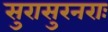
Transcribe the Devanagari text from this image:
सुरासुरनराः